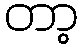
တာ့